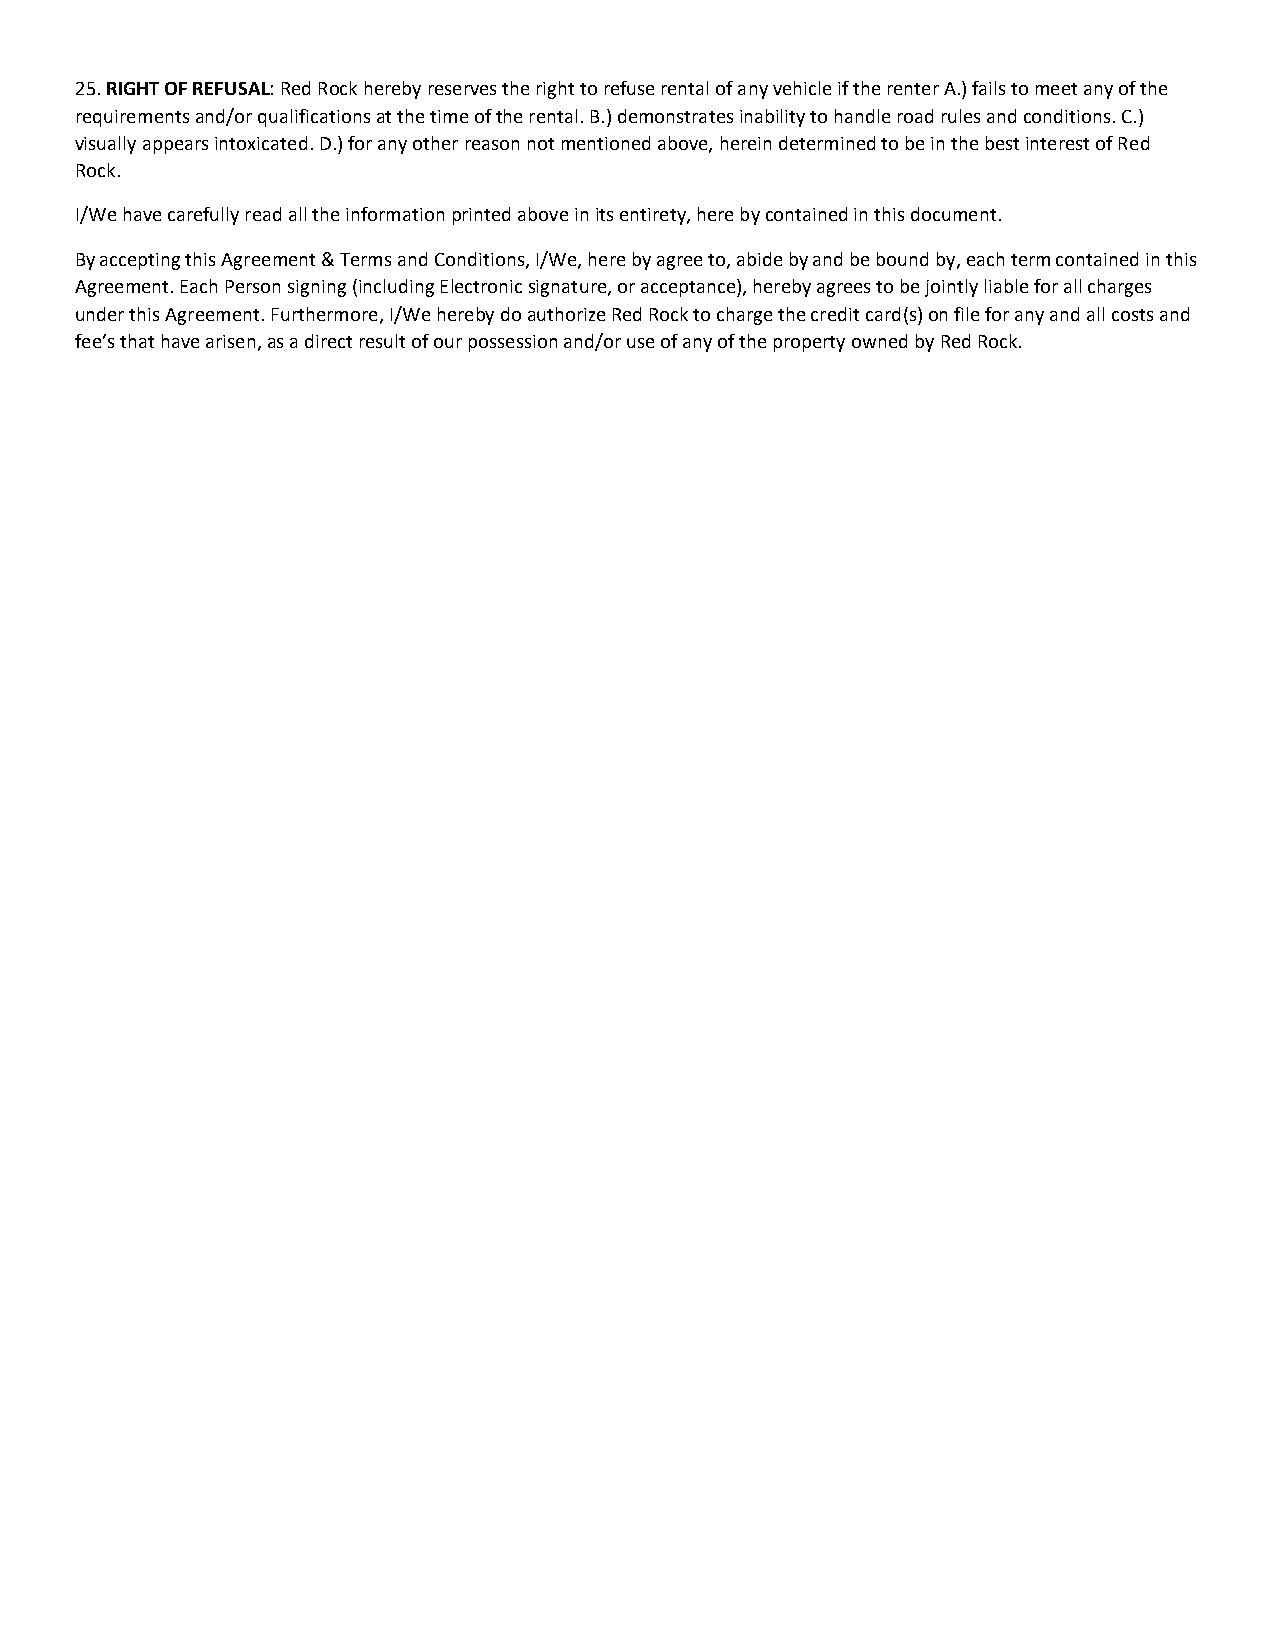
25. RIGHT OF REFUSAL: Red Rock hereby reserves the right to refuse rental of any vehicle if the renter A.) fails to meet any of the
 requirements and/or qualifications at the time of the rental. B.) demonstrates inability to handle road rules and conditions. C.)
 visually appears intoxicated. D.) for any other reason not mentioned above, herein determined to be in the best interest of Red
 Rock.
 I/We have carefully read all the information printed above in its entirety, here by contained in this document.
 By accepting this Agreement & Terms and Conditions, I/We, here by agree to, abide by and be bound by, each term contained in this
 Agreement. Each Person signing (including Electronic signature, or acceptance), hereby agrees to be jointly liable for all charges
 under this Agreement. Furthermore, I/We hereby do authorize Red Rock to charge the credit card(s) on file for any and all costs and
 fee’s that have arisen, as a direct result of our possession and/or use of any of the property owned by Red Rock.